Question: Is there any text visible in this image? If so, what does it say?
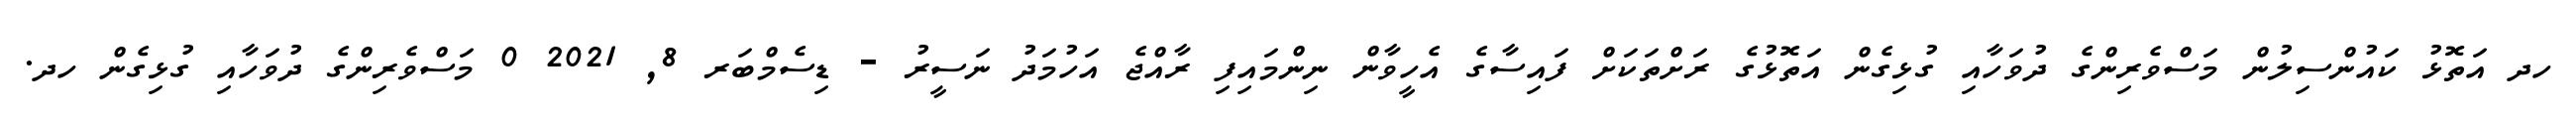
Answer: ހދ އަތޮޅު ކައުންސިލުން މަސްވެރިންގެ ދުވަހާއި ގުޅިގެން އަތޮޅުގެ ރަށްތަކަށް ފައިސާގެ އެހީވާން ނިންމައިފި ރާއްޖެ އަހުމަދު ނަސީރު - ޑިސެމްބަރ 8, 2021 0 މަސްވެރިންގެ ދުވަހާއި ގުޅިގެން ހދ.